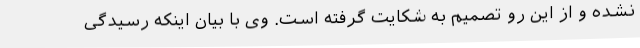
نشده و از این رو تصمیم به شکایت گرفته است. وی با بیان اینکه رسیدگی